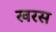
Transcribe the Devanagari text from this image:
खरस